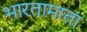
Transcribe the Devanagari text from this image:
भारतामाता